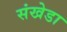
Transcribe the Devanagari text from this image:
संखेडा